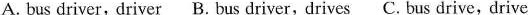
A. bus driver,driver B. Bus driver,drives C. Bus drive,drive